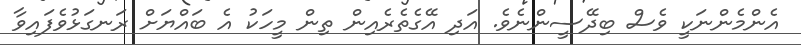
އެންމެންނަކީ ވެސް ބިދޭސީންނެވެ. އަދި އޭގެތެރެއިން ތިން މީހަކު އެ ބައްޔަށް ރަނގަޅުވެފައިވާ